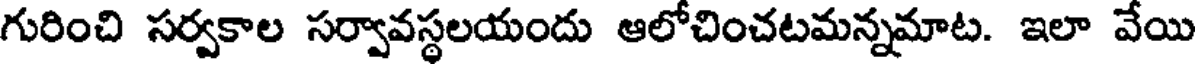
గురించి సర్వకాల సర్వావస్థలయందు ఆలోచించటమన్నమాట. ఇలా వేయి